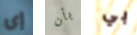
إى بأن بي